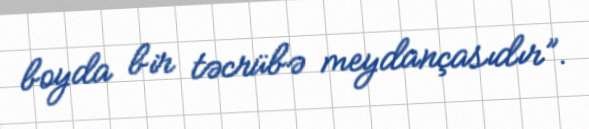
boyda bir təcrübə meydançasıdır”.